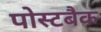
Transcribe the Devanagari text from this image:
पोस्टबैक